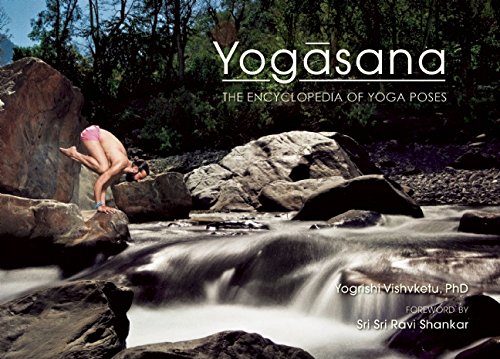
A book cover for Yogasana: The Encyclopedia of Yoga Poses; Yogrishi Vishvketu; Reference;